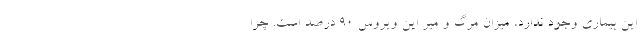
این بیماری وجود ندارد، میزان مرگ و میر این ویروس ۹۰ درصد است. چرا